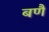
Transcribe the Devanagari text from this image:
बणै